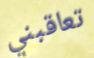
تعاقبني